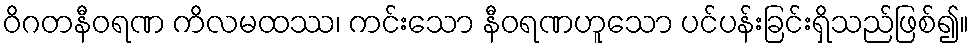
ဝိဂတနီဝရဏ ကိလမထဿ၊ ကင်းသော နီဝရဏဟူသော ပင်ပန်းခြင်းရှိသည်ဖြစ်၍။